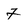
Character: 7